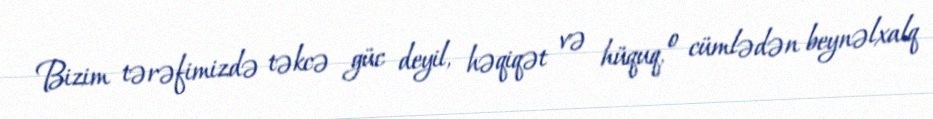
Bizim tərəfimizdə təkcə güc deyil, həqiqət və hüquq, o cümlədən beynəlxalq